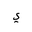
Letter: _ya